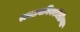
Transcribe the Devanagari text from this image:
रासायनिकभिक्रिया